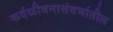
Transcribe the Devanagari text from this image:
कर्दळीवनासंदर्भातील